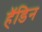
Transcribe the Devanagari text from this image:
हॅडिन